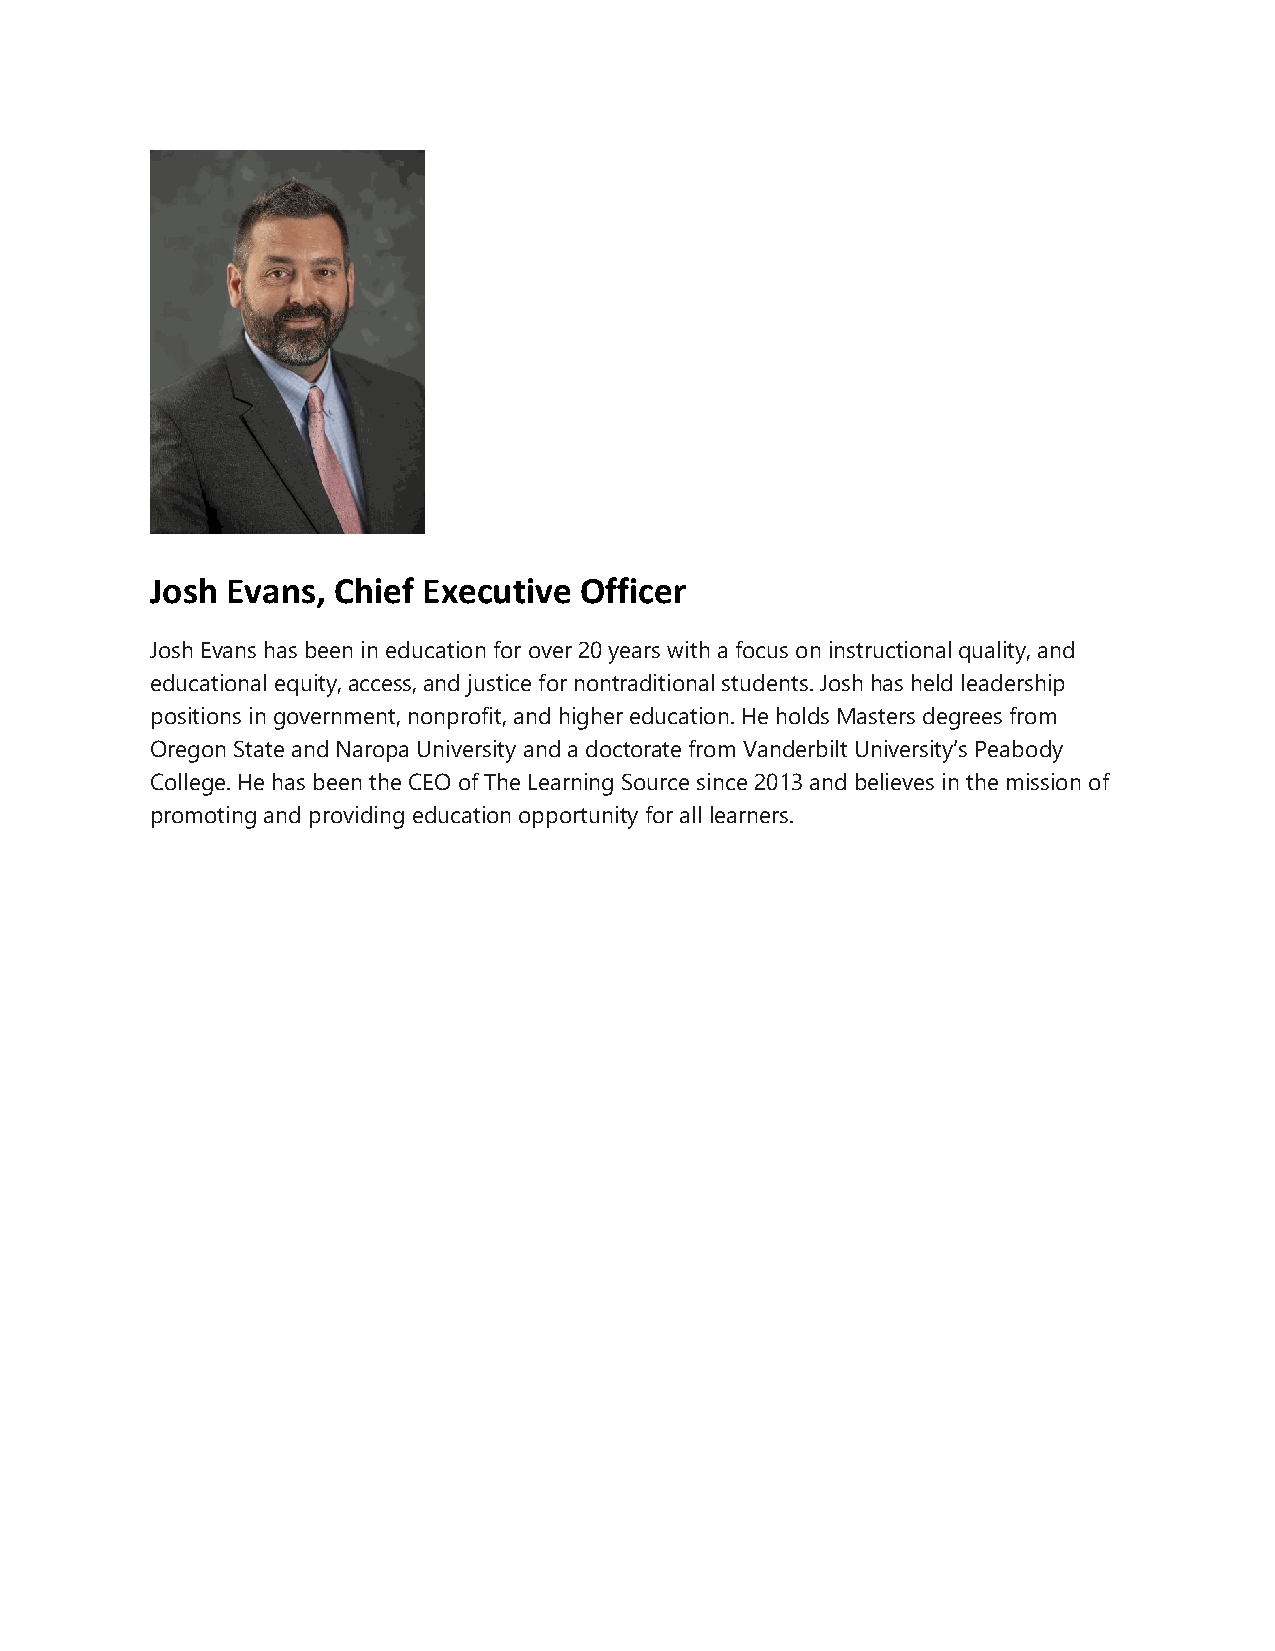
Josh Evans, Chief Executive Officer
 Josh Evans has been in education for over 20 years with a focus on instructional quality, and
 educational equity, access, and justice for nontraditional students. Josh has held leadership
 positions in government, nonprofit, and higher education. He holds Masters degrees from
 Oregon State and Naropa University and a doctorate from Vanderbilt University’s Peabody
 College. He has been the CEO of The Learning Source since 2013 and believes in the mission of
 promoting and providing education opportunity for all learners.